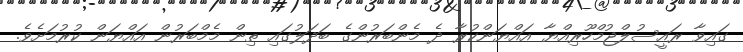
ގައިވާ ރައީސުލްޖުމްހޫރިއްޔާ އައްޔަންކުރާ ދެ މެންބަރުންގެ ބަދަލުގައި ތިން މެމްބަރުން އައްޔަން ކުރުމަށެވެ.